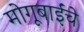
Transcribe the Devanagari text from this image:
मोगूबाईंचे